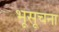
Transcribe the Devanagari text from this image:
भूसूचना